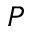
P